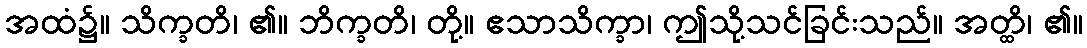
အထံ၌။ သိက္ခတိ၊ ၏။ ဘိက္ခတိ၊ တို့။ ဧသာသိက္ခာ၊ ဤသို့သင်ခြင်းသည်။ အတ္ထိ၊ ၏။